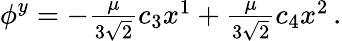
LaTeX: \phi^{y}=-\textstyle{\frac{\mu}{3\sqrt{2}}}c_{3}x^{1}+\textstyle{\frac{\mu}{3\sqrt{2}}}c_{4}x^{2}\, .